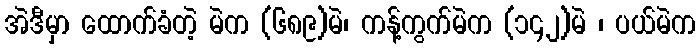
အဲဒီမှာ ထောက်ခံတဲ့ မဲက (၆၈၉)မဲ၊ ကန့်ကွက်မဲက (၁၄၂)မဲ ၊ ပယ်မဲက